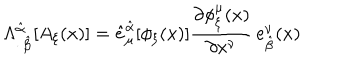
\Lambda _ { \cdot \, \hat { \beta } } ^ { \hat { \alpha } \, \cdot } [ A _ { \xi } ( x ) ] = \hat { e } _ { \mu } ^ { \hat { \alpha } } [ \phi _ { \xi } ( x ) ] \frac { \partial \phi _ { \xi } ^ { \mu } ( x ) } { \partial x ^ { \nu } } \, e _ { \hat { \beta } } ^ { \nu } ( x )